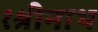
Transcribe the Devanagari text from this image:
१श्रीनाथ